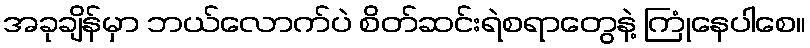
အခုချိန်မှာ ဘယ်လောက်ပဲ စိတ်ဆင်းရဲစရာတွေနဲ့ ကြုံနေပါစေ။